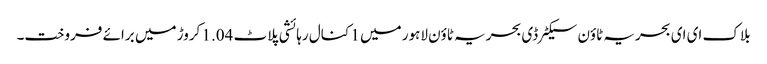
بلاک ای ای بحریہ ٹاؤن سیکٹرڈی بحریہ ٹاؤن لاہور میں 1 کنال رہائشی پلاٹ 1.04 کروڑ میں برائے فروخت۔